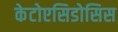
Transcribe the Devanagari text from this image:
केटोएसिडोसिस